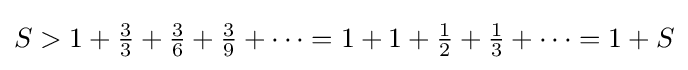
S>1+{\tfrac {3}{3}}+{\tfrac {3}{6}}+{\tfrac {3}{9}}+\cdots =1+1+{\tfrac {1}{2}}+{\tfrac {1}{3}}+\cdots =1+S